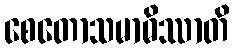
စေတောသမာဓိဿာတိ